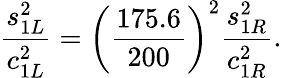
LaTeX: {\frac{s_{1L}^{2}}{c_{1L}^{2}}}=\left({\frac{175.6}{200}}\right)^{2}{\frac{s_{1R}^{2}}{c_{1R}^{2}}}.